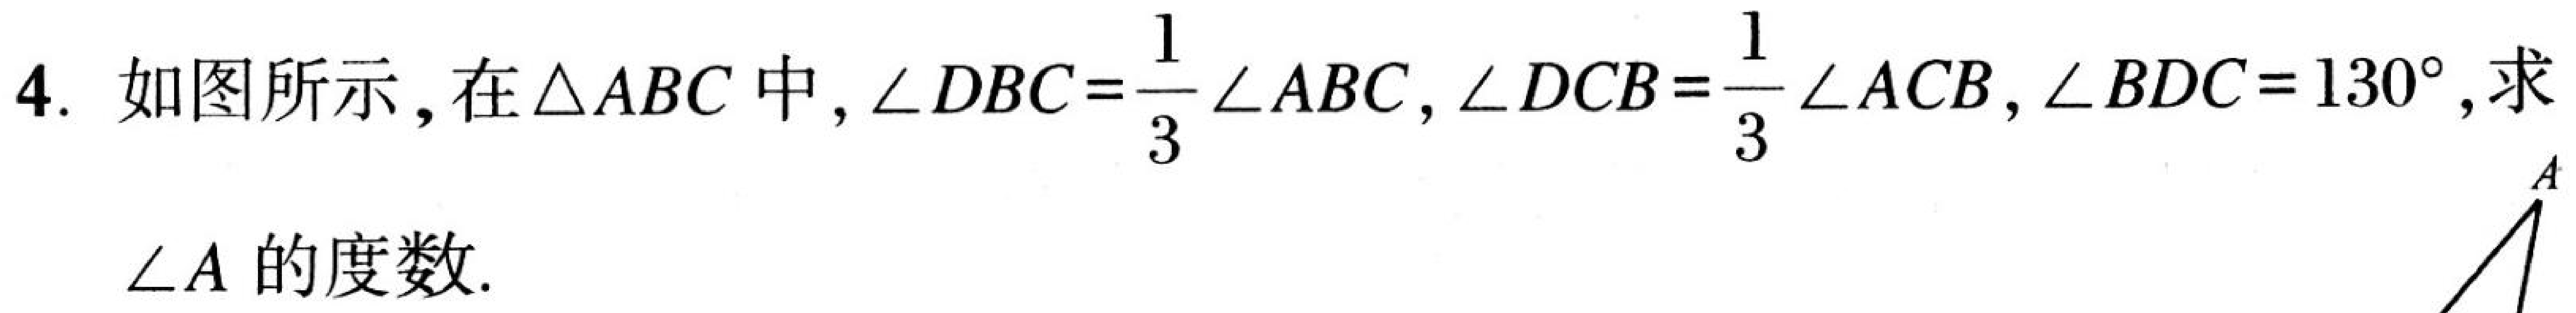
4. 如图所示，在\(\triangle ABC\)中，\(\angle DBC=\dfrac{1}{3}\angle ABC\)，\(\angle DCB=\dfrac{1}{3}\angle ACB\)，\(\angle BDC = 130^{\circ}\)，求
\(\angle A\)的度数.